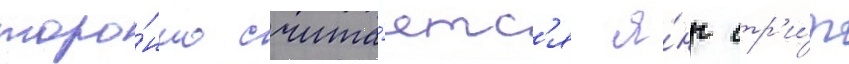
торо́нто счита́етс'я я́нг стр'и́т